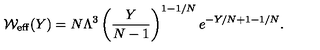
{ \cal W } _ { \mathrm { e f f } } ( Y ) = N \Lambda ^ { 3 } \left( \frac { Y } { N - 1 } \right) ^ { 1 - 1 / N } e ^ { - Y / N + 1 - 1 / N } .